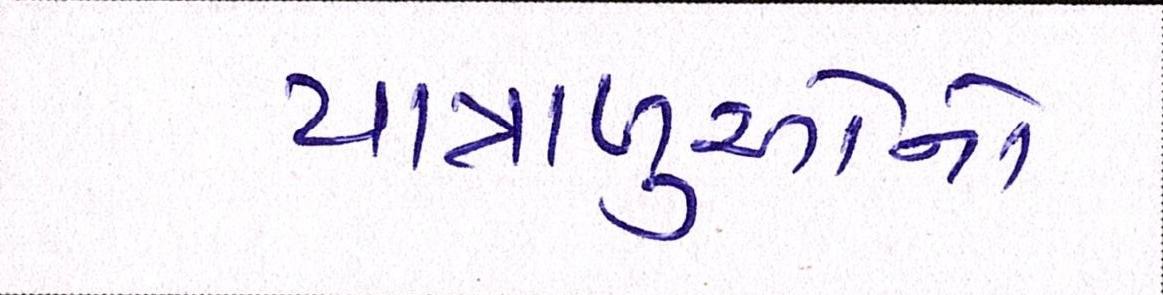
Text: યાત્રાળુઓનો